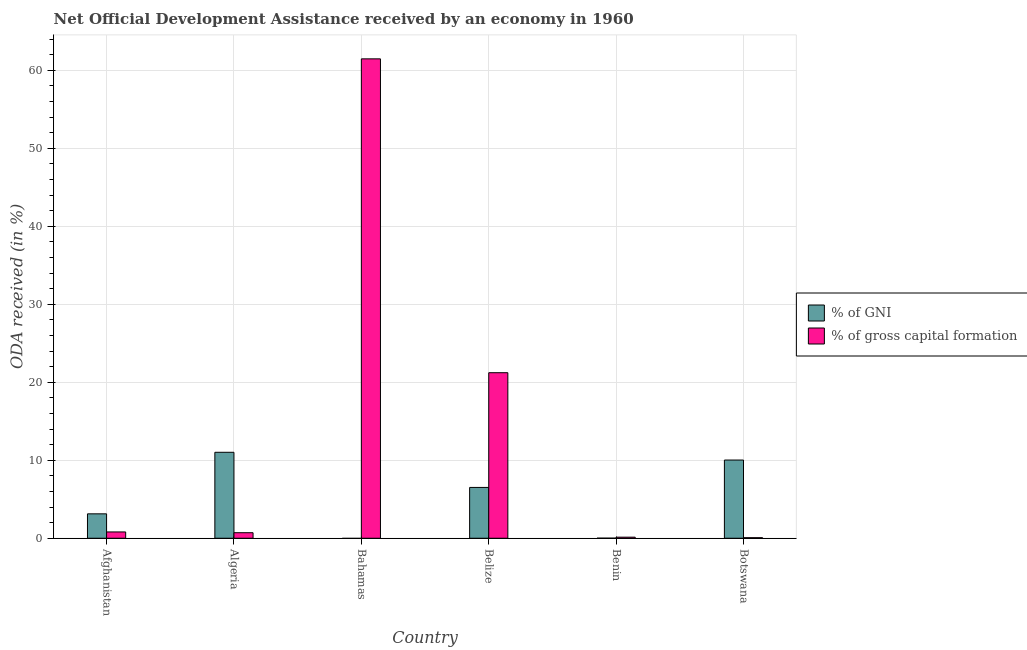
| Country | % of GNI | % of gross capital formation |
 | --- | --- | --- |
 | Afghanistan | 3.13 | 0.808 |
 | Algeria | 11 | 0.71 |
 | Bahamas | -0.0267 | 61.5 |
 | Belize | 6.52 | 21.2 |
 | Benin | 0.00887 | 0.136 |
 | Botswana | 10 | 0.0705 |